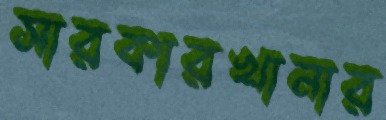
সারকারখানার